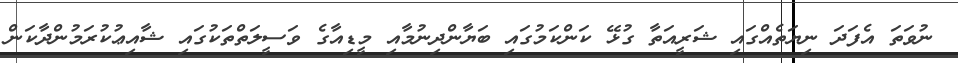
ނުވަތަ އެފަދަ ނިޔަތެއްގައި ޝަރީއަތާ ގުޅޭ ކަންކަމުގައި ބަޔާންދިނުމާއި މީޑިއާގެ ވަސީލަތްތަކުގައި ޝާއިޢުކުރަމުންދާކަން